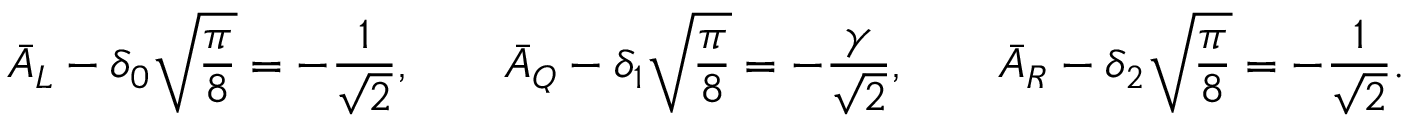
\bar { A } _ { { L } } - \delta _ { 0 } \sqrt { \frac { \pi } { 8 } } = - \frac { 1 } { \sqrt { 2 } } , \qquad \bar { A } _ { { Q } } - \delta _ { 1 } \sqrt { \frac { \pi } { 8 } } = - \frac { \gamma } { \sqrt { 2 } } , \qquad \bar { A } _ { { R } } - \delta _ { 2 } \sqrt { \frac { \pi } { 8 } } = - \frac { 1 } { \sqrt { 2 } } .